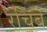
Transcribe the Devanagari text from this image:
रचिबे